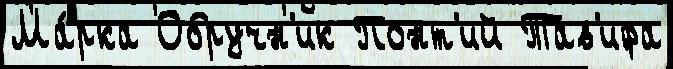
Ма́рка Обручн'ик Понт'ий Тав'ифа